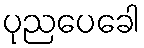
ပုညပေခေါ